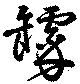
罅